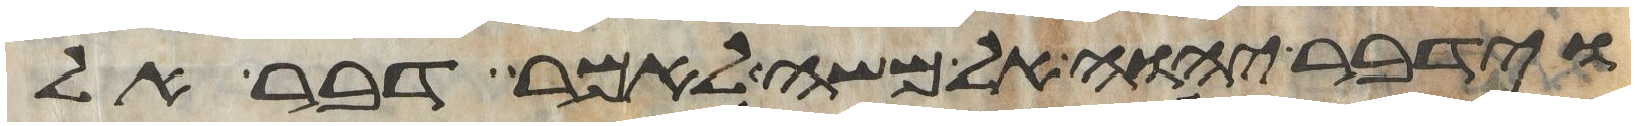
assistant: וידבר יהוה אל משה לאמר דבר אל